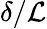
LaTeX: \delta/\mathcal{L}